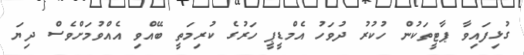
ގުޅިފައިވާ ޕާޓީތަކުން ހުކުރު ދުވަހު އެމްޑީޕީ ހަރުގެ ކުރިމަތީ ބޭއްވި އެއްވުމަށްވެސް ދިޔަ